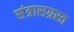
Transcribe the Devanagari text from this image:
संत्रासग्रस्त